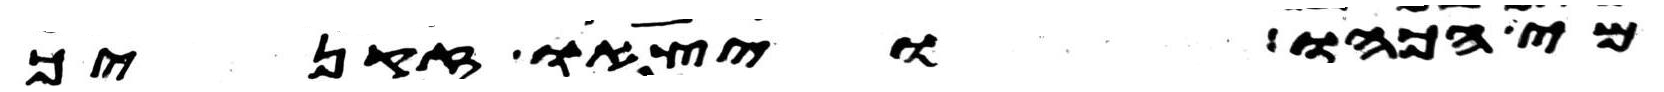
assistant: מי הכהו ויצאו זקניך